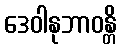
ဒေဝါနုဘာဝန္တိ